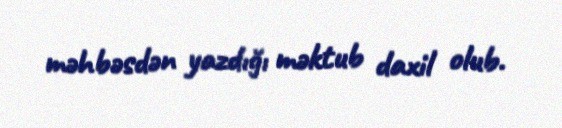
məhbəsdən yazdığı məktub daxil olub.